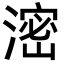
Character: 滵